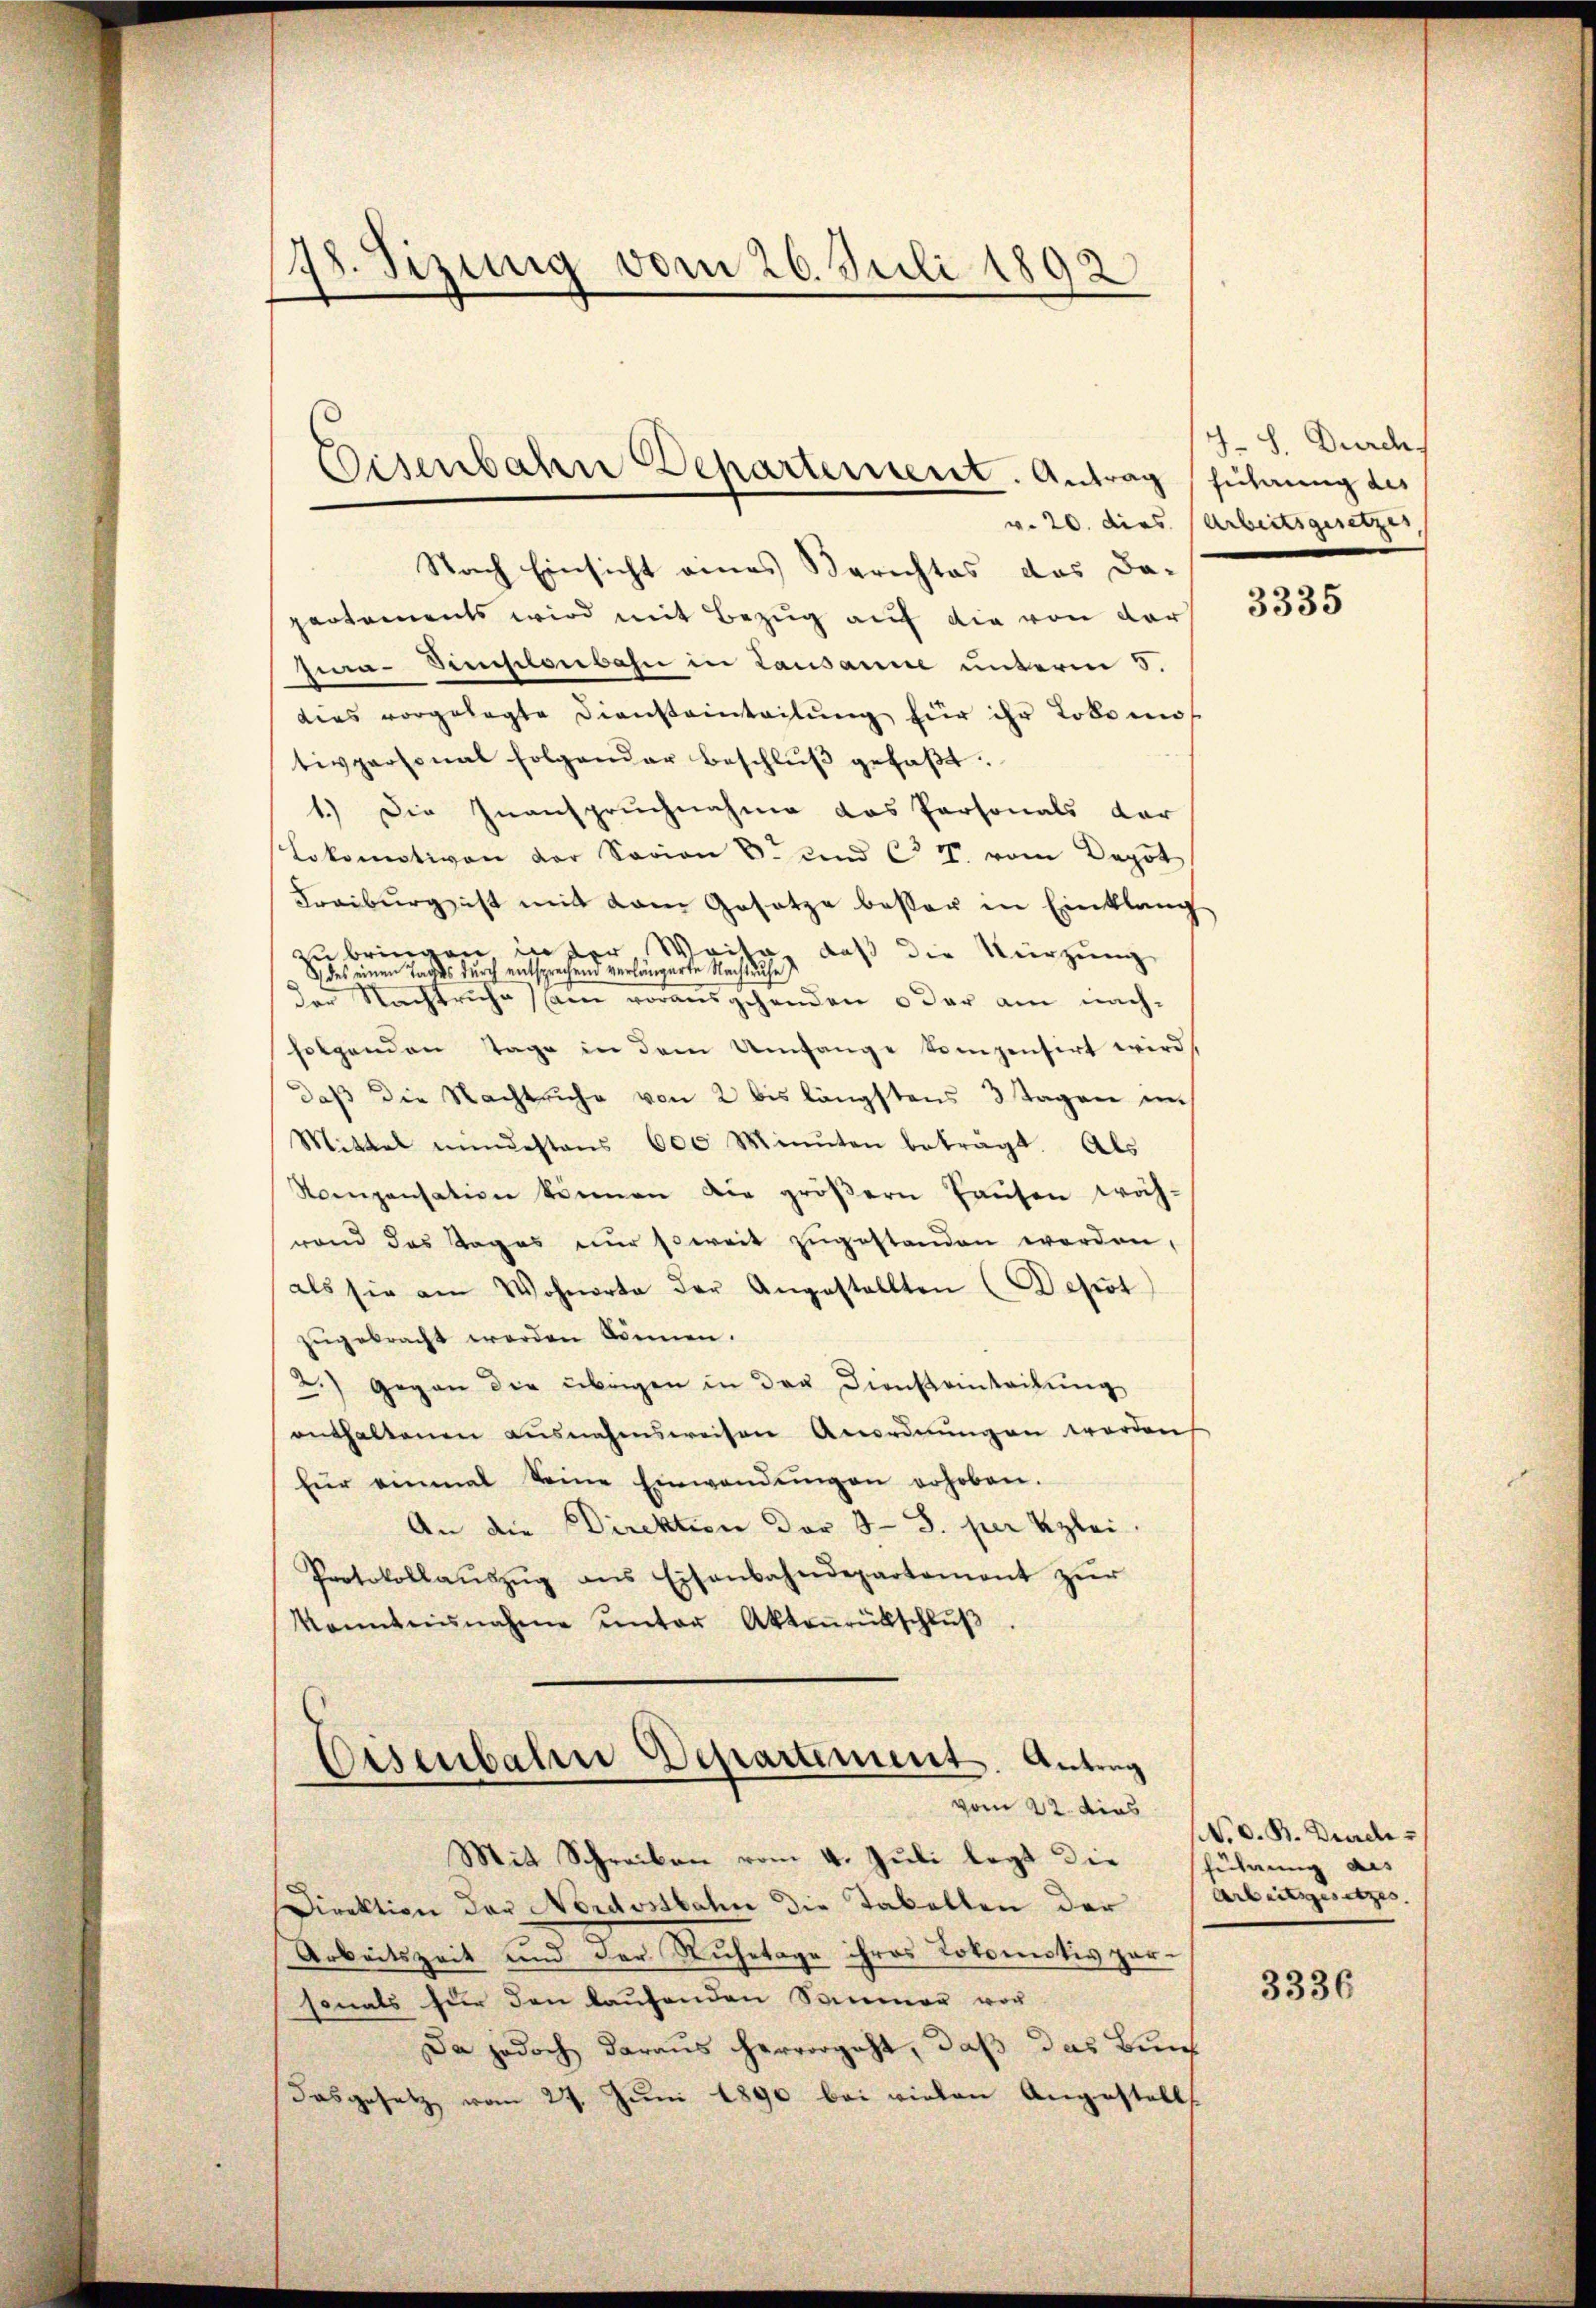
Nach Einsicht eines Berichtes das Da-
partements wird mit Bezug auf die von der
Jura-Simplenbahn in Lausanne unterm 8.
dies vorgelegte Diensteinteilŭng für ihr Lokomos
tivpersonal folgender Beschlŭβ gefaβt.
1.) Die Inanspruchnahme das Personals dar
Lokomotiven der Socion E. und ca 7 vom Depot
Freiburg ist mit dem Gesetze besser in Einklang
zubringen in der Weite daß die Kürzung
des einen Tages durch entsprechend verlängerte Nachtruhe
der Nachtruhe am vorausgehenden oder am nach-
folgenden Tage in dem Umfange kompensirt wird,
daß die Nachtruhe von 2 bis längstens 3 Tagen in
Mittel mindestens 600 Minuten beträgt. Als
Noenpensation können die gröβern Haŭsen wäh-
rand das Tages nŭr soweit zŭgestanden werden,
als sie am Wohnorte der Angestellten Depot
zugebracht werden können.
2.) Gegen die übrigen in der Diensteinteilung
enthaltenen ausnahmsweisen Anordnŭngen werden
für einmal keine Einwendŭngen erhoben.
An die Direktion der 3 S. per klei
Protokollaŭszŭg ans Eisenbahndepartement zŭr
kanntnisnahme unter Aktenrütschluß

78. Sizung vom 26. Juli 1892

Eisenbahn Departement. Antrag

Eisenbahn Departement. Antrag
vom 22. dies

Mit Schreiben vom 4. Juli legt die schuldung aus
Direktion der Nordostbahn die Tabalten der Arbeitsgesetzes.
Arbeitszeit und der Ruhetage ihres Lokomotiv zersonals für den laufenden Sammer vor
Da jedoch daraus hervorgeht, daß das Bun¬
8
Dasgesetz vom 27. Juni 1890 bei vielen Angestell

J.S. Durch,
führung des
v. 20. dies Arbeitsgesetzer,

3335

N. O. B. Durch

3336